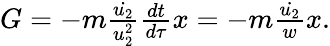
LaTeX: \begin{array}{r}{G=-m\frac{\dot{u_{2}}}{u_{2}^{2}}\frac{dt}{d\tau}x=-m\frac{\dot{u_{2}}}{w}x.}\end{array}